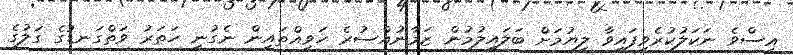
އިސްވެ ނަކަލުކުރެވިފައިވާ ލިޔުމަށް ބަލައިލުމުން ޒަމާނުއްސުރެ ހަވިއްތައިން ނެގުނީ ހަތަރު ވަތްގަނޑުގެ ގަލުގެ